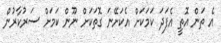
އެ ތަން އޮތީ އެފަދަ ކަމަކަށް އެކަށޭނަ ގޮތަކަށް ނޫން ކަމަށް ސަރުކާރުން